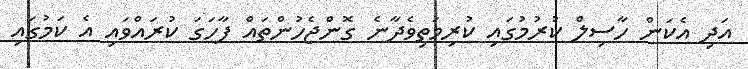
އަދި އެކަން ހާސިލް ކުރުމުގައި ކުރިމަތިވެދާނެ ގޮންޖެހުންތައް ފާހަގަ ކުރައްވައި އެ ކަމުގައި